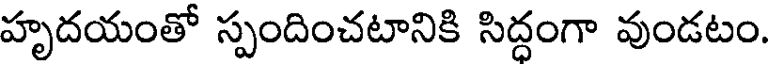
హృదయంతో స్పందించటానికి సిద్ధంగా వుండటం.